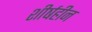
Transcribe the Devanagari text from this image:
शीर्षहीन